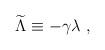
LaTeX: \begin{align*}{\widetilde \Lambda}\equiv -\gamma\lambda~,\end{align*}